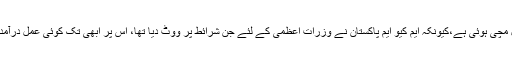
متحدہ نے پی پی پی کو ایک نپا تلا ردعمل دیا ہے لیکن اس وقت تحریک انصاف میں ہلچل مچی ہوئی ہے،کیونکہ ایم کیو ایم پاکستان نے وزرات اعظمیٰ کے لئے جن شرائط پر ووٹ دیا تھا، اس پر ابھی تک کوئی عمل درآمد نہیں ہوا، پی ٹی آئی جانتی ہے کہ ان کی حکومت،متحدہ پاکستان کے ہی مرہون منت بنی۔